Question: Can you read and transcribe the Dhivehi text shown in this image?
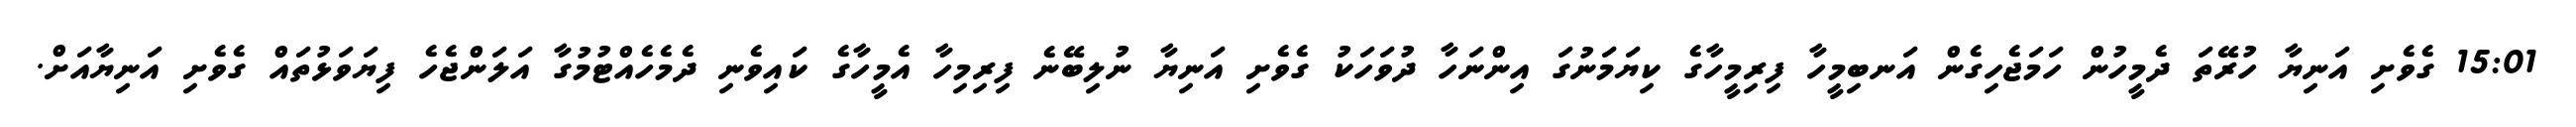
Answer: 15:01 ގެވެށި އަނިޔާ ހުރޭތަ ދެމީހުން ހަމަޖެހިގެން އަނބިމީހާ ފިރިމީހާގެ ކިޔަމަނުގަ އިންނަހާ ދުވަހަކު ގެވެށި އަނިޔާ ނުލިބޭނެ ފިރިމިހާ އެމީހާގެ ކައިވެނި ދެމެހެއްޓުމުގާ އަލަންޖެހެ ފިޔަވަޅުތައް ގެވެށި އަނިޔާއަށް.